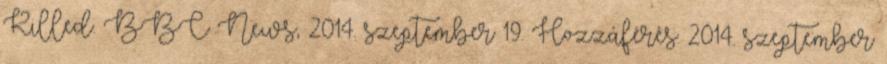
Killed. BBC News, 2014. szeptember 19. Hozzáférés: 2014. szeptember